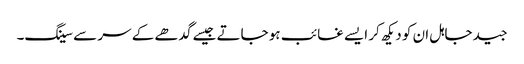
جید جاہل ان کو دیکھ کر ایسے غائب ہو جاتے جیسے گدھے کے سر سے سینگ۔